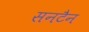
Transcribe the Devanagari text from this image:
सनटैन